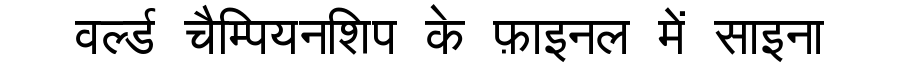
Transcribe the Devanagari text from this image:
वर्ल्ड चैम्पियनशिप के फ़ाइनल में साइना